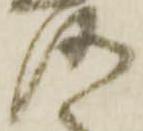
洛